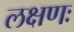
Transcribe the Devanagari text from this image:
लक्षणः